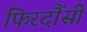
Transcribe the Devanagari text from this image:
फिरदौंसी